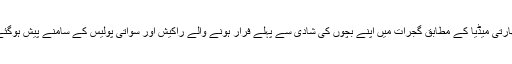
بھارتی میڈیا کے مطابق گجرات میں اپنے بچوں کی شادی سے پہلے فرار ہونے والے راکیش اور سواتی پولیس کے سامنے پیش ہوگئے۔